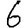
Digit: 6